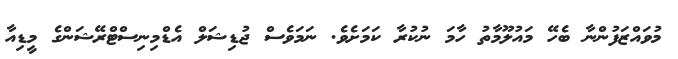
މުވައްޒަފުންނާ ބެހޭ މައުލޫމާތު ހާމަ ނުކުރާ ކަމަށެވެ. ނަމަވެސް ޖުޑިޝަލް އެޑްމިނިސްޓްރޭޝަންގެ މީޑިއާ